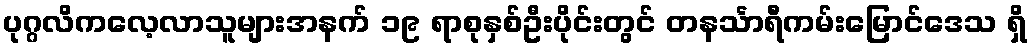
ပုဂ္ဂလိကလေ့လာသူများအနက် ၁၉ ရာစုနှစ်ဦးပိုင်းတွင် တနင်္သာရီကမ်းမြောင်ဒေသ ရှိ